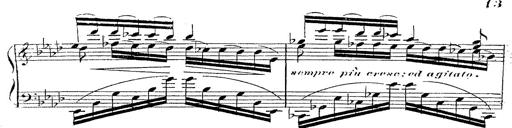
Title: 12 Lieder von Franz Schubert
Composer: Franz Liszt